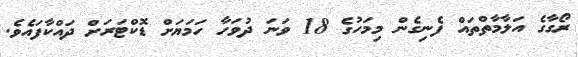
ރޯގާގެ އަލާމާތްތައް ފެނިގެން މިމަހުގެ 18 ވަނަ ދުވަހާ ހަމަޔަށް ޑޮކްޓަރަށް ދައްކާފައެވެ.